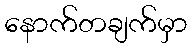
နောက်တချက်မှာ